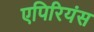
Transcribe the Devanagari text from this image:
एपिरियंस